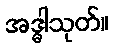
အဒ္ဓါသုတ်။